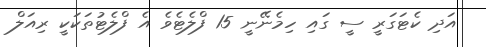
އަދި ކެޓަގަރީ ސީ ގައި ހިމެނޭނީ 15 ފްލެޓެވެ އެ ފްލެޓުތަކަކީ ރިއަލް